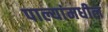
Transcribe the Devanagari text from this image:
पाल्यांमधील